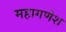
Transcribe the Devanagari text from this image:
महागणेश